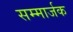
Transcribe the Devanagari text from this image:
सम्मार्जक